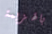
بالهزيمة